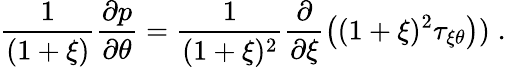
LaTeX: \frac{1}{(1+\xi)}\frac{\partial p}{\partial\theta}=\frac{1}{(1+\xi)^{2}}\frac{\partial}{\partial\xi}\left((1+\xi)^{2}\tau_{\xi\theta}\right))\; .